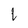
Character: l